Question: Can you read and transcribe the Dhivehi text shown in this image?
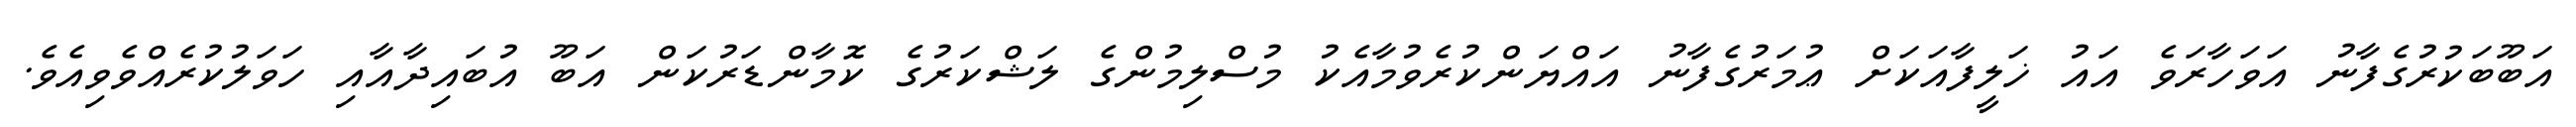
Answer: އަބޫބަކުރުގެފާނު އަވަހާރަވެ އައު ޚަލީފާއަކަށް ޢުމަރުގެފާނު އައްޔަންކުރެވުމާއެކު މުސްލިމުންގެ ލަޝްކަރުގެ ކޮމާންޑަރުކަން އަބޫ އުބައިދާއާއި ހަވަލުކުރެއްވެވިއެވެ.